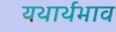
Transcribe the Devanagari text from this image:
यथार्थभाव